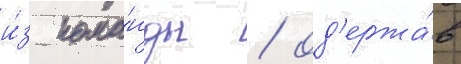
и́з кома́нды / од'ержа́в